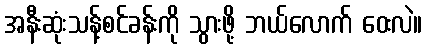
အနီးဆုံးသန့်စင်ခန်းကို သွားဖို့ ဘယ်လောက် ဝေးလဲ။